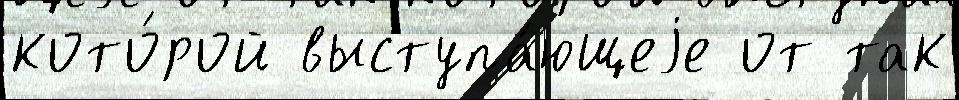
кото́рой выступа́ющеjе от так